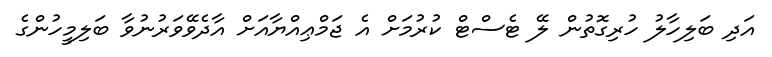
އަދި ބަލިހާލު ހުރިގޮތުން ލޭ ޓެސްޓް ކުރުމަށް އެ ޖަމްޢިއްޔާއަށް އާދެވޭވަރުނުވާ ބަލިމީހުންގެ